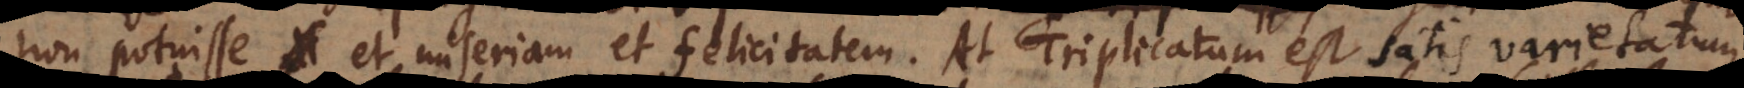
non potuisse et miseriam et felicitatem. At Triplicatum est satis varietatum